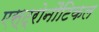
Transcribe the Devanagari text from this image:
एस्ट्रोनौटिकल